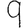
Digit: 9